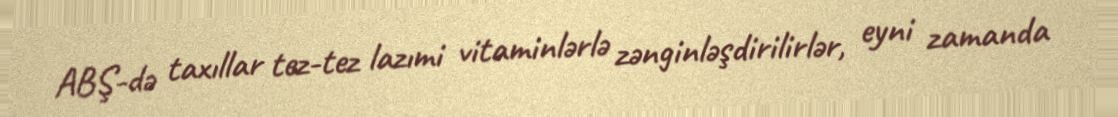
ABŞ-də taxıllar tez-tez lazımi vitaminlərlə zənginləşdirilirlər, eyni zamanda